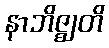
နာဘိဇ္ဈတိ